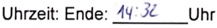
Text: Uhrzeit: Ende: 14:32 Uhr